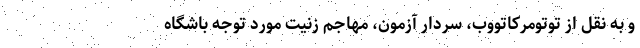
و به نقل از توتومرکاتووب، سردار آزمون، مهاجم زنیت مورد توجه باشگاه